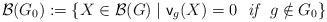
LaTeX: \begin{align*}\mathcal{B}(G_0) := \{ X \in \mathcal{B}(G) \mid \mathsf{v}_g(X) = 0 \ \emph{ if } \ g \notin G_0 \}\end{align*}